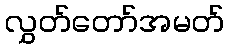
လွှတ်တော်အမတ်